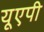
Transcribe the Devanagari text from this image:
यूएपी